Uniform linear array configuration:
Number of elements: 12
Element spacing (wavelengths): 0.5
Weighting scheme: kaiser
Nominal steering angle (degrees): -45
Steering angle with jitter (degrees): -46.874
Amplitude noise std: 0.05
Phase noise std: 0.05

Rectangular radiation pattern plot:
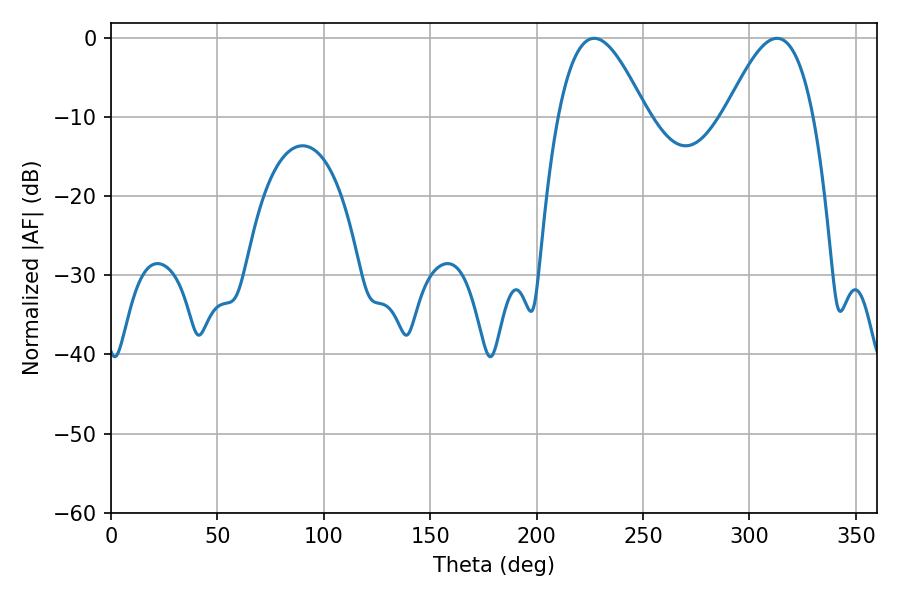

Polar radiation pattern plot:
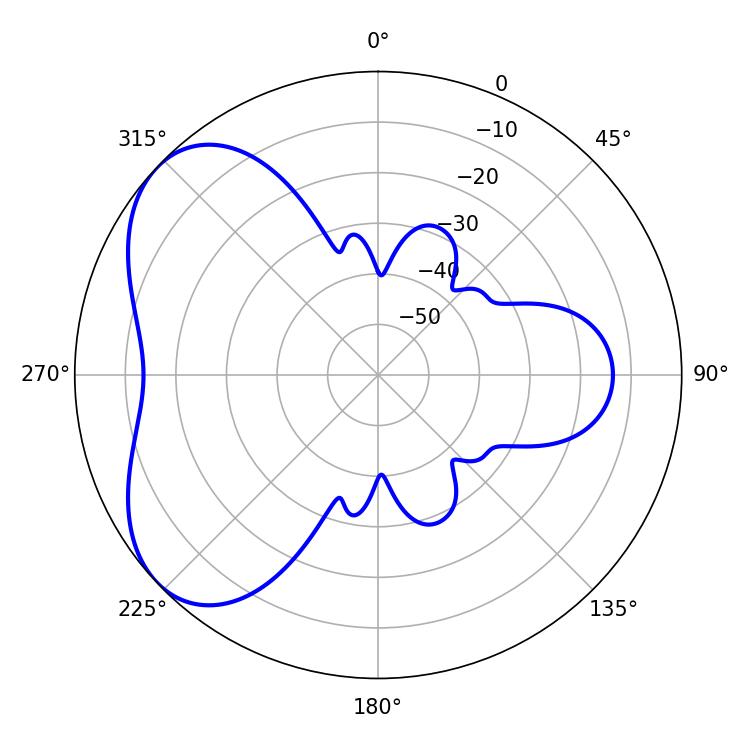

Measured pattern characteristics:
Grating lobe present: FALSE
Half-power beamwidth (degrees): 22.5
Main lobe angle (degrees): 226.98